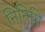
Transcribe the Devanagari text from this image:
निनिमि